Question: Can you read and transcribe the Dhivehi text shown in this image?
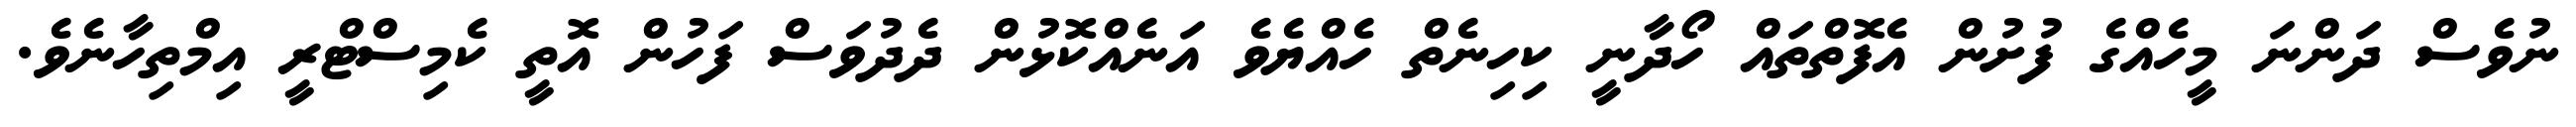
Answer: ނުވެސް ދަންނަ މީހެއްގެ ފުށުން އެފޮތްތައް ހޯދާނީ ކިހިނެތް ހެއްޔެވެ އަނެއްކޮޅުން ދެދުވަސް ފަހުން އޮތީ ކެމިސްޓްރީ އިމްތިހާނެވެ.